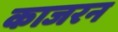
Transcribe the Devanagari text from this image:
काजरन